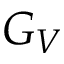
G _ { V }